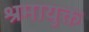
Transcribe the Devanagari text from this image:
श्रमायुक्त